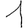
Digit: 1